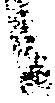
候